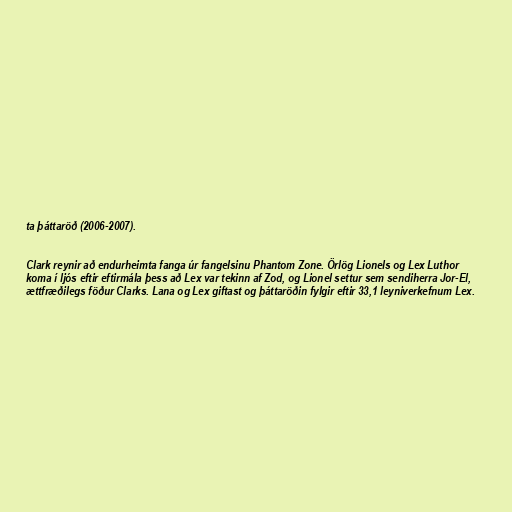
ta þáttaröð (2006-2007).

Clark reynir að endurheimta fanga úr fangelsinu Phantom Zone. Örlög Lionels og Lex Luthor
koma í ljós eftir eftirmála þess að Lex var tekinn af Zod, og Lionel settur sem sendiherra Jor-El,
ættfræðilegs föður Clarks. Lana og Lex giftast og þáttaröðin fylgir eftir 33,1 leyniverkefnum Lex.